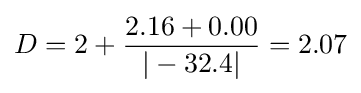
D=2+{\frac {2.16+0.00}{|-32.4|}}=2.07